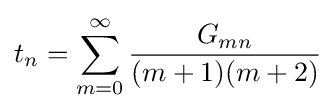
t_{n}=\sum _{m=0}^{\infty }{\frac {G_{mn}}{(m+1)(m+2)}}